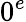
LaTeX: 0^{e}